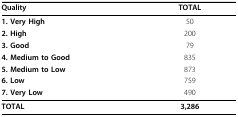
<table><thead><tr><td><b>Quality</b></td><td><b>TOTAL</b></td></tr></thead><tbody><tr><td><b>1. Very High</b></td><td>50</td></tr><tr><td><b>2. High</b></td><td>200</td></tr><tr><td><b>3. Good</b></td><td>79</td></tr><tr><td><b>4. Medium to Good</b></td><td>835</td></tr><tr><td><b>5. Medium to Low</b></td><td>873</td></tr><tr><td><b>6. Low</b></td><td>759</td></tr><tr><td><b>7. Very Low</b></td><td>490</td></tr><tr><td><b>TOTAL</b></td><td><b>3,286</b></td></tr></tbody></table>